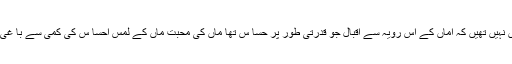
اماں جا نتیں نہیں تھیں کہ اماں کے اس رویہ سے اقبال جو قدرتی طور پر حسا س تھا ماں کی محبت ماں کے لمس احسا س کی کمی سے با غی ہو چلا تھا۔